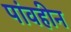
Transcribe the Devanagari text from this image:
पांवहीन